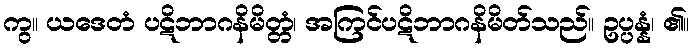
ကွ။ ယဒေတံ ပဋိဘာဂနိမိတ္တံ၊ အကြင်ပဋိဘာဂနိမိတ်သည်။ ဥပ္ပန္နံ၊ ၏။